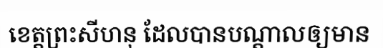
ខេត្តព្រះសីហនុ ដែលបានបណ្តាលឲ្យមាន